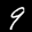
Label: 9